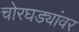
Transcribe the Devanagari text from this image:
चोरघड्यांवर